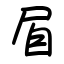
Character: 㞒